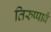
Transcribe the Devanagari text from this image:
तिरुप्पावै